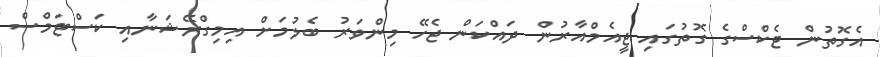
އެގޮތުން ޓެކްސްގެ ގޮތުގައި ޖީއެމްއާރުން ދައްކަން ޖެހޭ މިންވަރު ބެލުމަށް އިމިގްރޭޝަނާއި ކަސްޓަމްސް